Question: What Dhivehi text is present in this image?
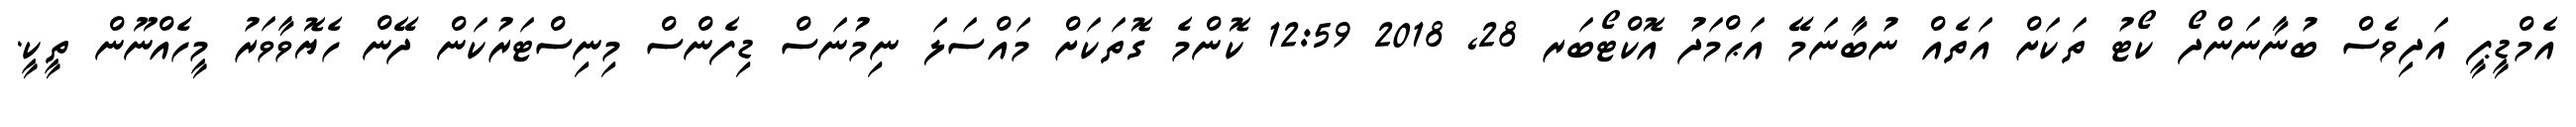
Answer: އެމްޑީޕީ އަދިވެސް ބުނާނަންދޯ ކޯޓު ތަކަށް އަތެއް ނުބާނަމޭ އަޙްމަދު އޮކްޓޯބަރ 28, 2018 12:59 ކޮންމެ ގޮތަކަށް މައްސަލަ ނިމުނަސް ޑިފެންސް މިނިސްޓަރުކަން ދޭން ހެޔޮވާވަރު މީހެއްނޫން ތީކީ.